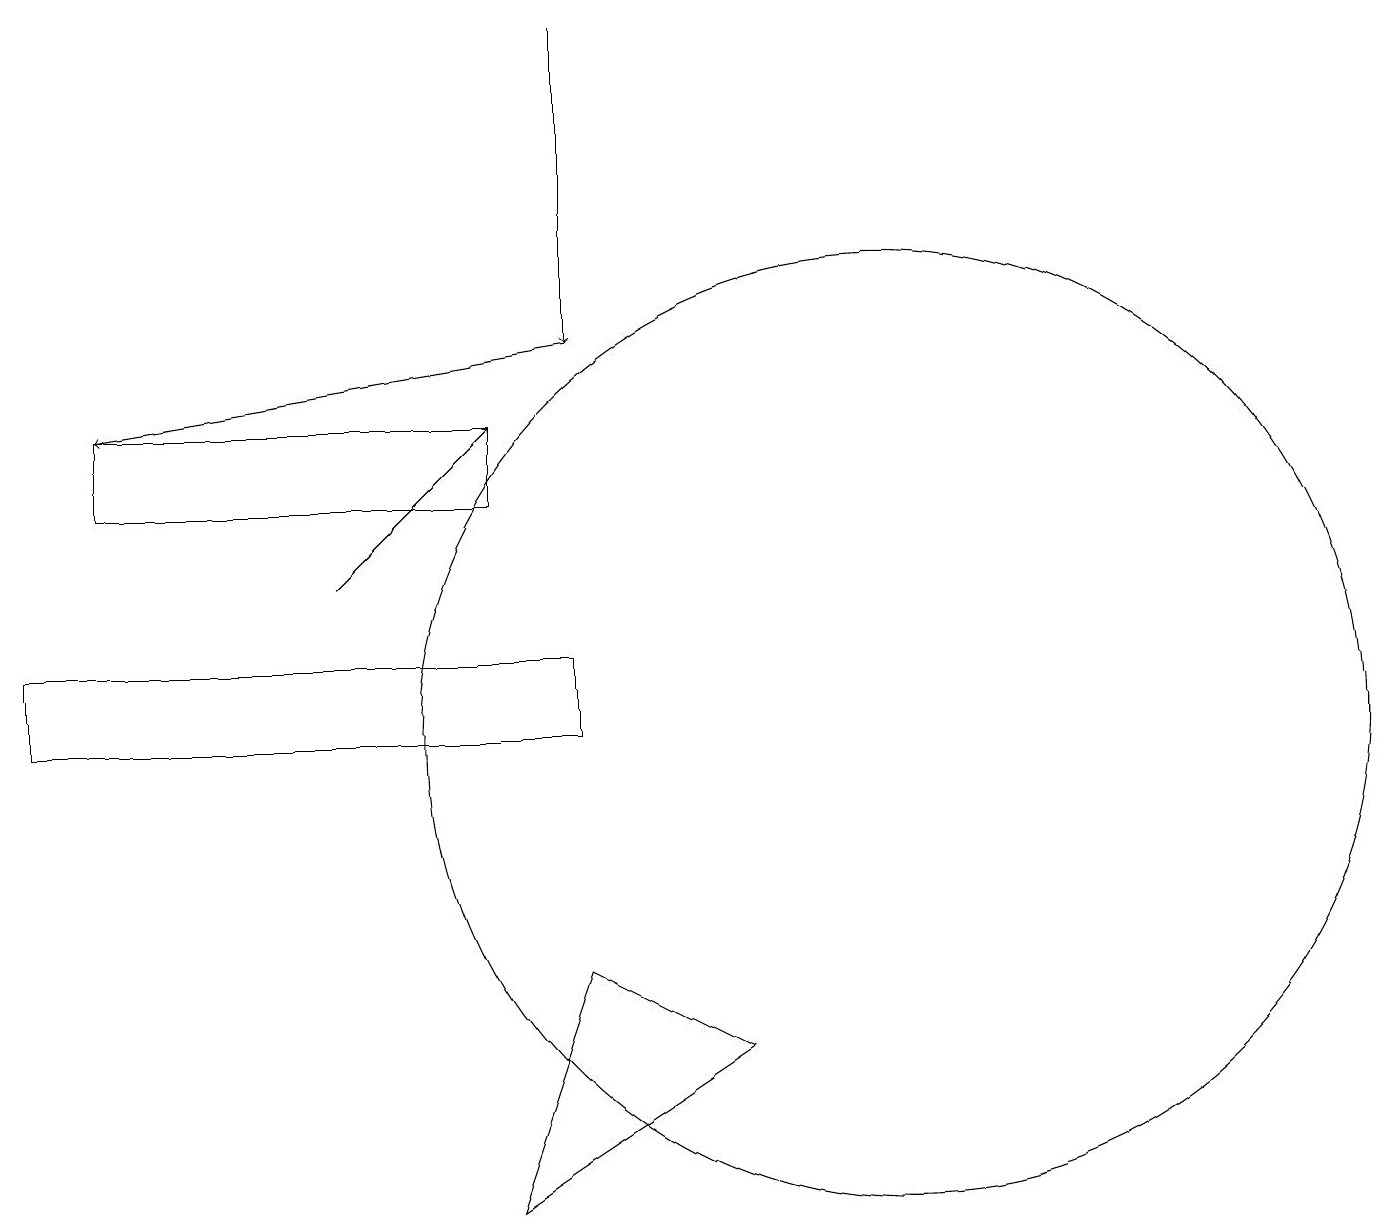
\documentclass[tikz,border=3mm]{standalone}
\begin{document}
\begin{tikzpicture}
\draw[->] (4,12) -- (6,14);
\draw (6,13) rectangle (1,14);
\draw[->] (7,19) -- (7,15);
\draw (11,10) circle (6);
\draw[->] (7,15) -- (1,14);
\draw (0,11) rectangle (7,10);
\draw (6,4) -- (7,7) -- (9,6) -- cycle;
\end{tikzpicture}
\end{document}